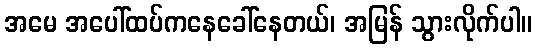
အမေ အပေါ်ထပ်ကနေခေါ်နေတယ်၊ အမြန် သွားလိုက်ပါ။